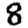
Digit: 8